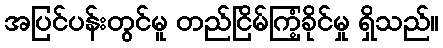
အပြင်ပန်းတွင်မူ တည်ငြိမ်ကြံ့ခိုင်မှု ရှိသည်။